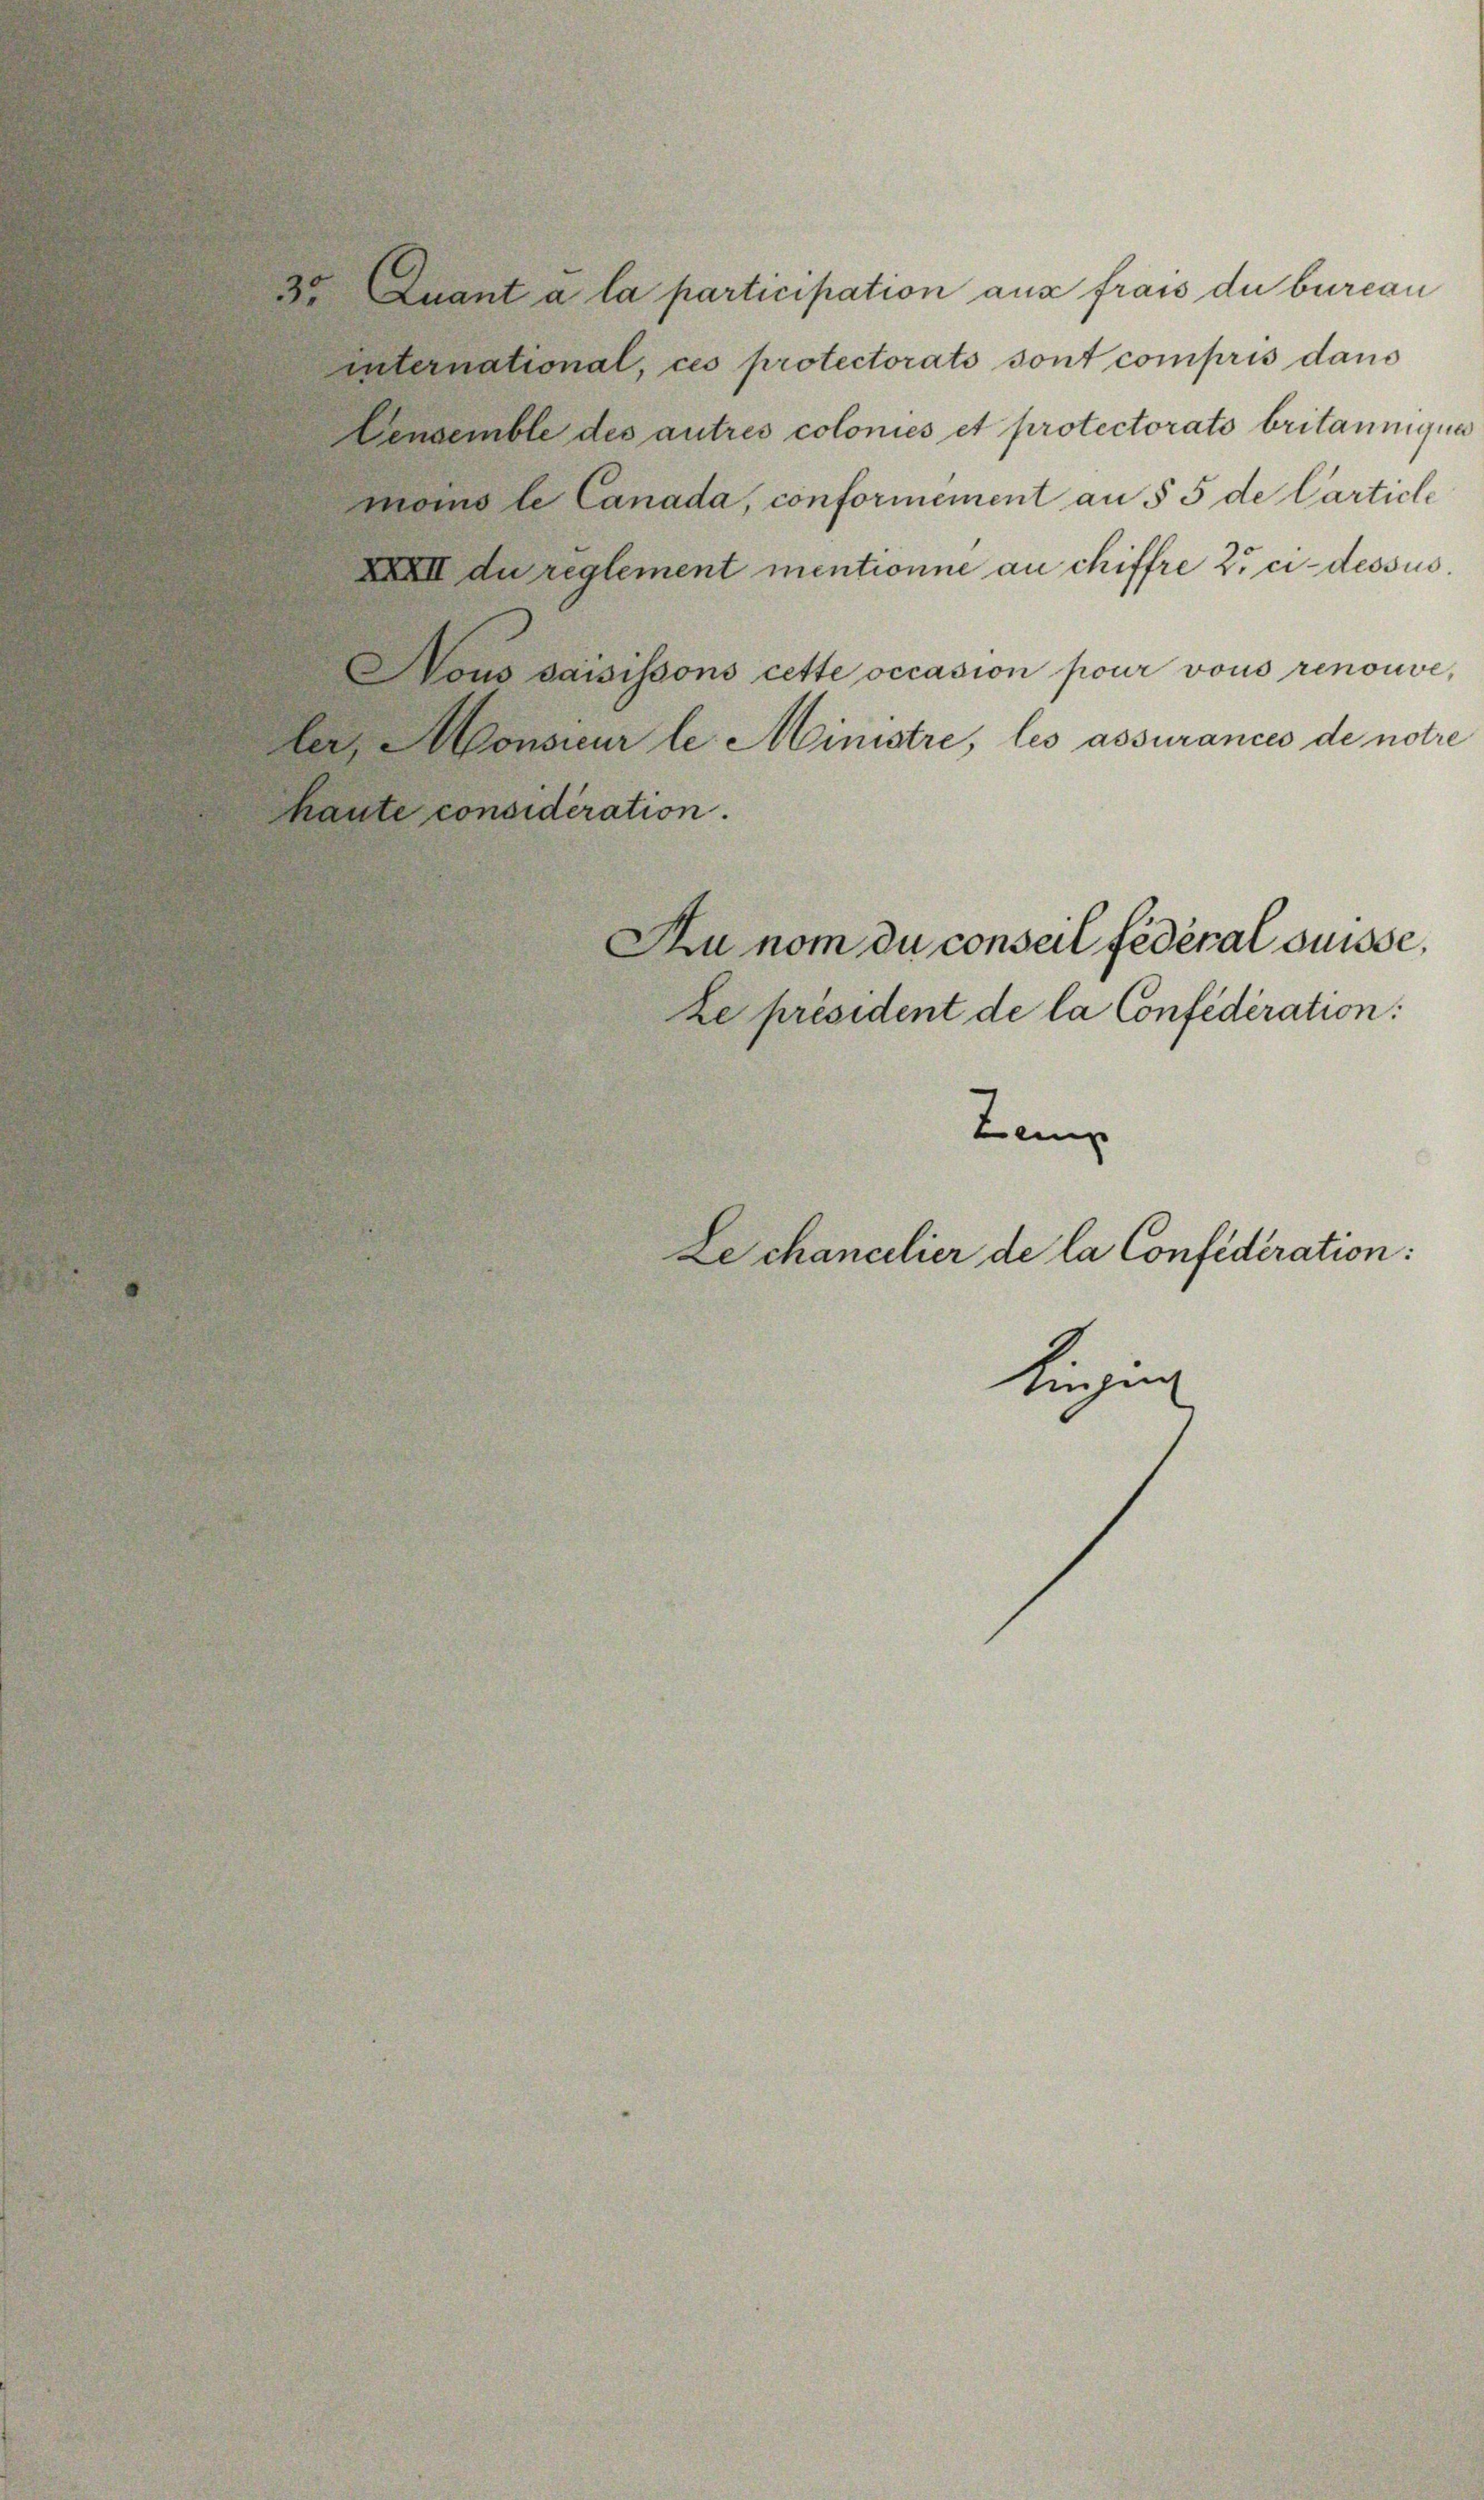
.

international, ces protectorats sont compris dans
Wensemble des autres colonies et protectorats britannigen
moins le Canada, conformement an § 5 de Carticl
dass du reglement mentionne an chiffre 2 ci-desse
Vous saisissons cette occasion pour vons renouve,
leonorar le Ministre, les assurancio de notie
haute considération.
Zu nom du conseil fédéral Suisse.
Le président de la Confédération:
Leip
Le chancelier de la Confideration:
Kunzin

1o Inant à la participation aus frais du burcan